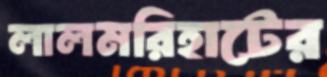
লালমরিহাটের